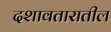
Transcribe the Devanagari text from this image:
दशावतारातील